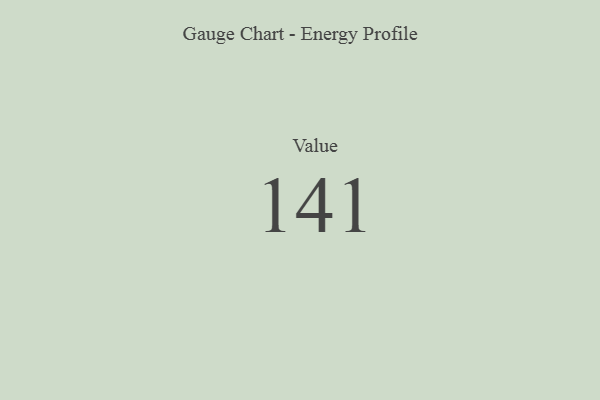
{"axis": {"x": "Metric", "y": "Value"}, "legend": [""], "data": [{"x": "Value", "y": 141, "type": ""}]}